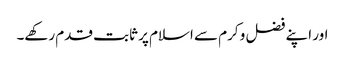
اور اپنے فضل و کرم سے اسلام پر ثابت قدم رکھے۔